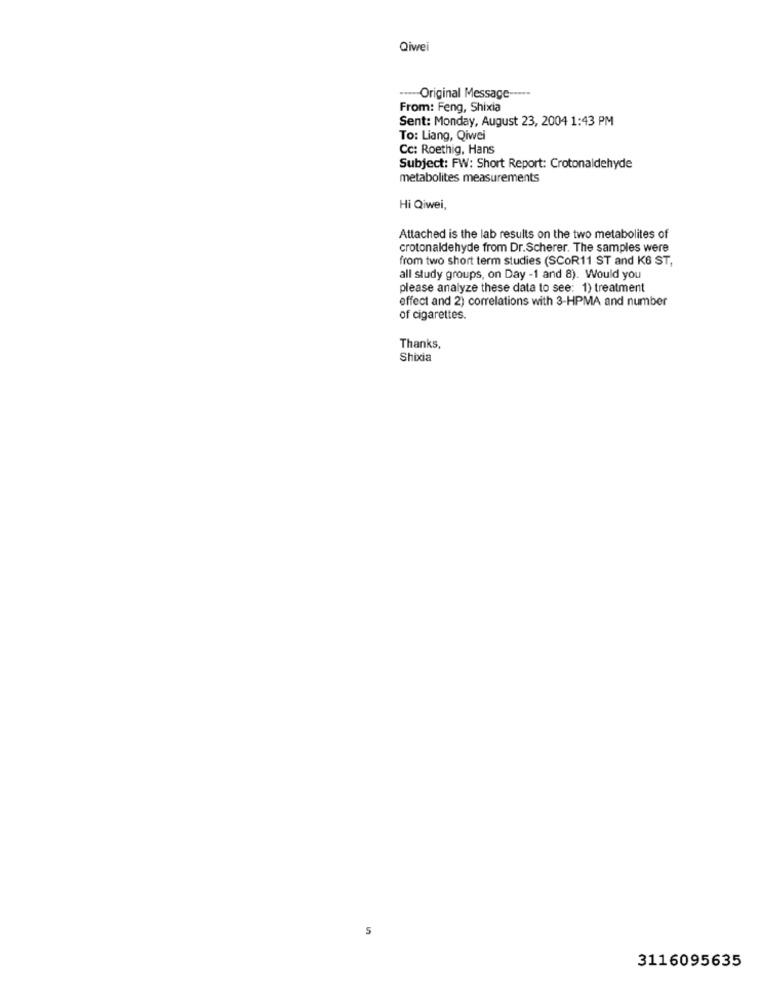
Qiwei
----- Original Message -----
From: Feng, Shixia
Sent: Monday, August 23, 2004 1:43 PM
To: Liang, Qiwei
Cc: Roethig, Hans
Subject: FW: Short Report: Crotonaldehyde
metabolites measurements
Hi Qiwei,
Attached is the lab results on the two metabolites of
crotonaldehyde from Dr.Scherer. The samples were
from two short term studies (SCOR11 ST and K6 ST,
all study groups, on Day -1 and 8). Would you
please analyze these data to see: 1) treatment
effect and 2) correlations with 3-HPMA and number
of cigarettes.
Thanks,
Shixia
5
3116095635